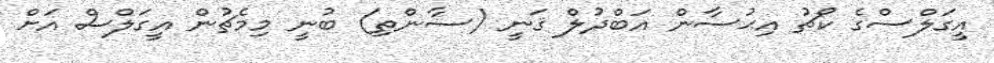
އީގަލްސްގެ ކޯޗު އިޙުސާން އަބްދުލް ޤަނީ (ސާންތި) ބުނީ މިމެޗުން އީގަލްސް އަށް